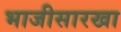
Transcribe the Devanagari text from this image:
भाजीसारखा